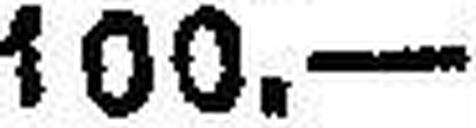
100.—